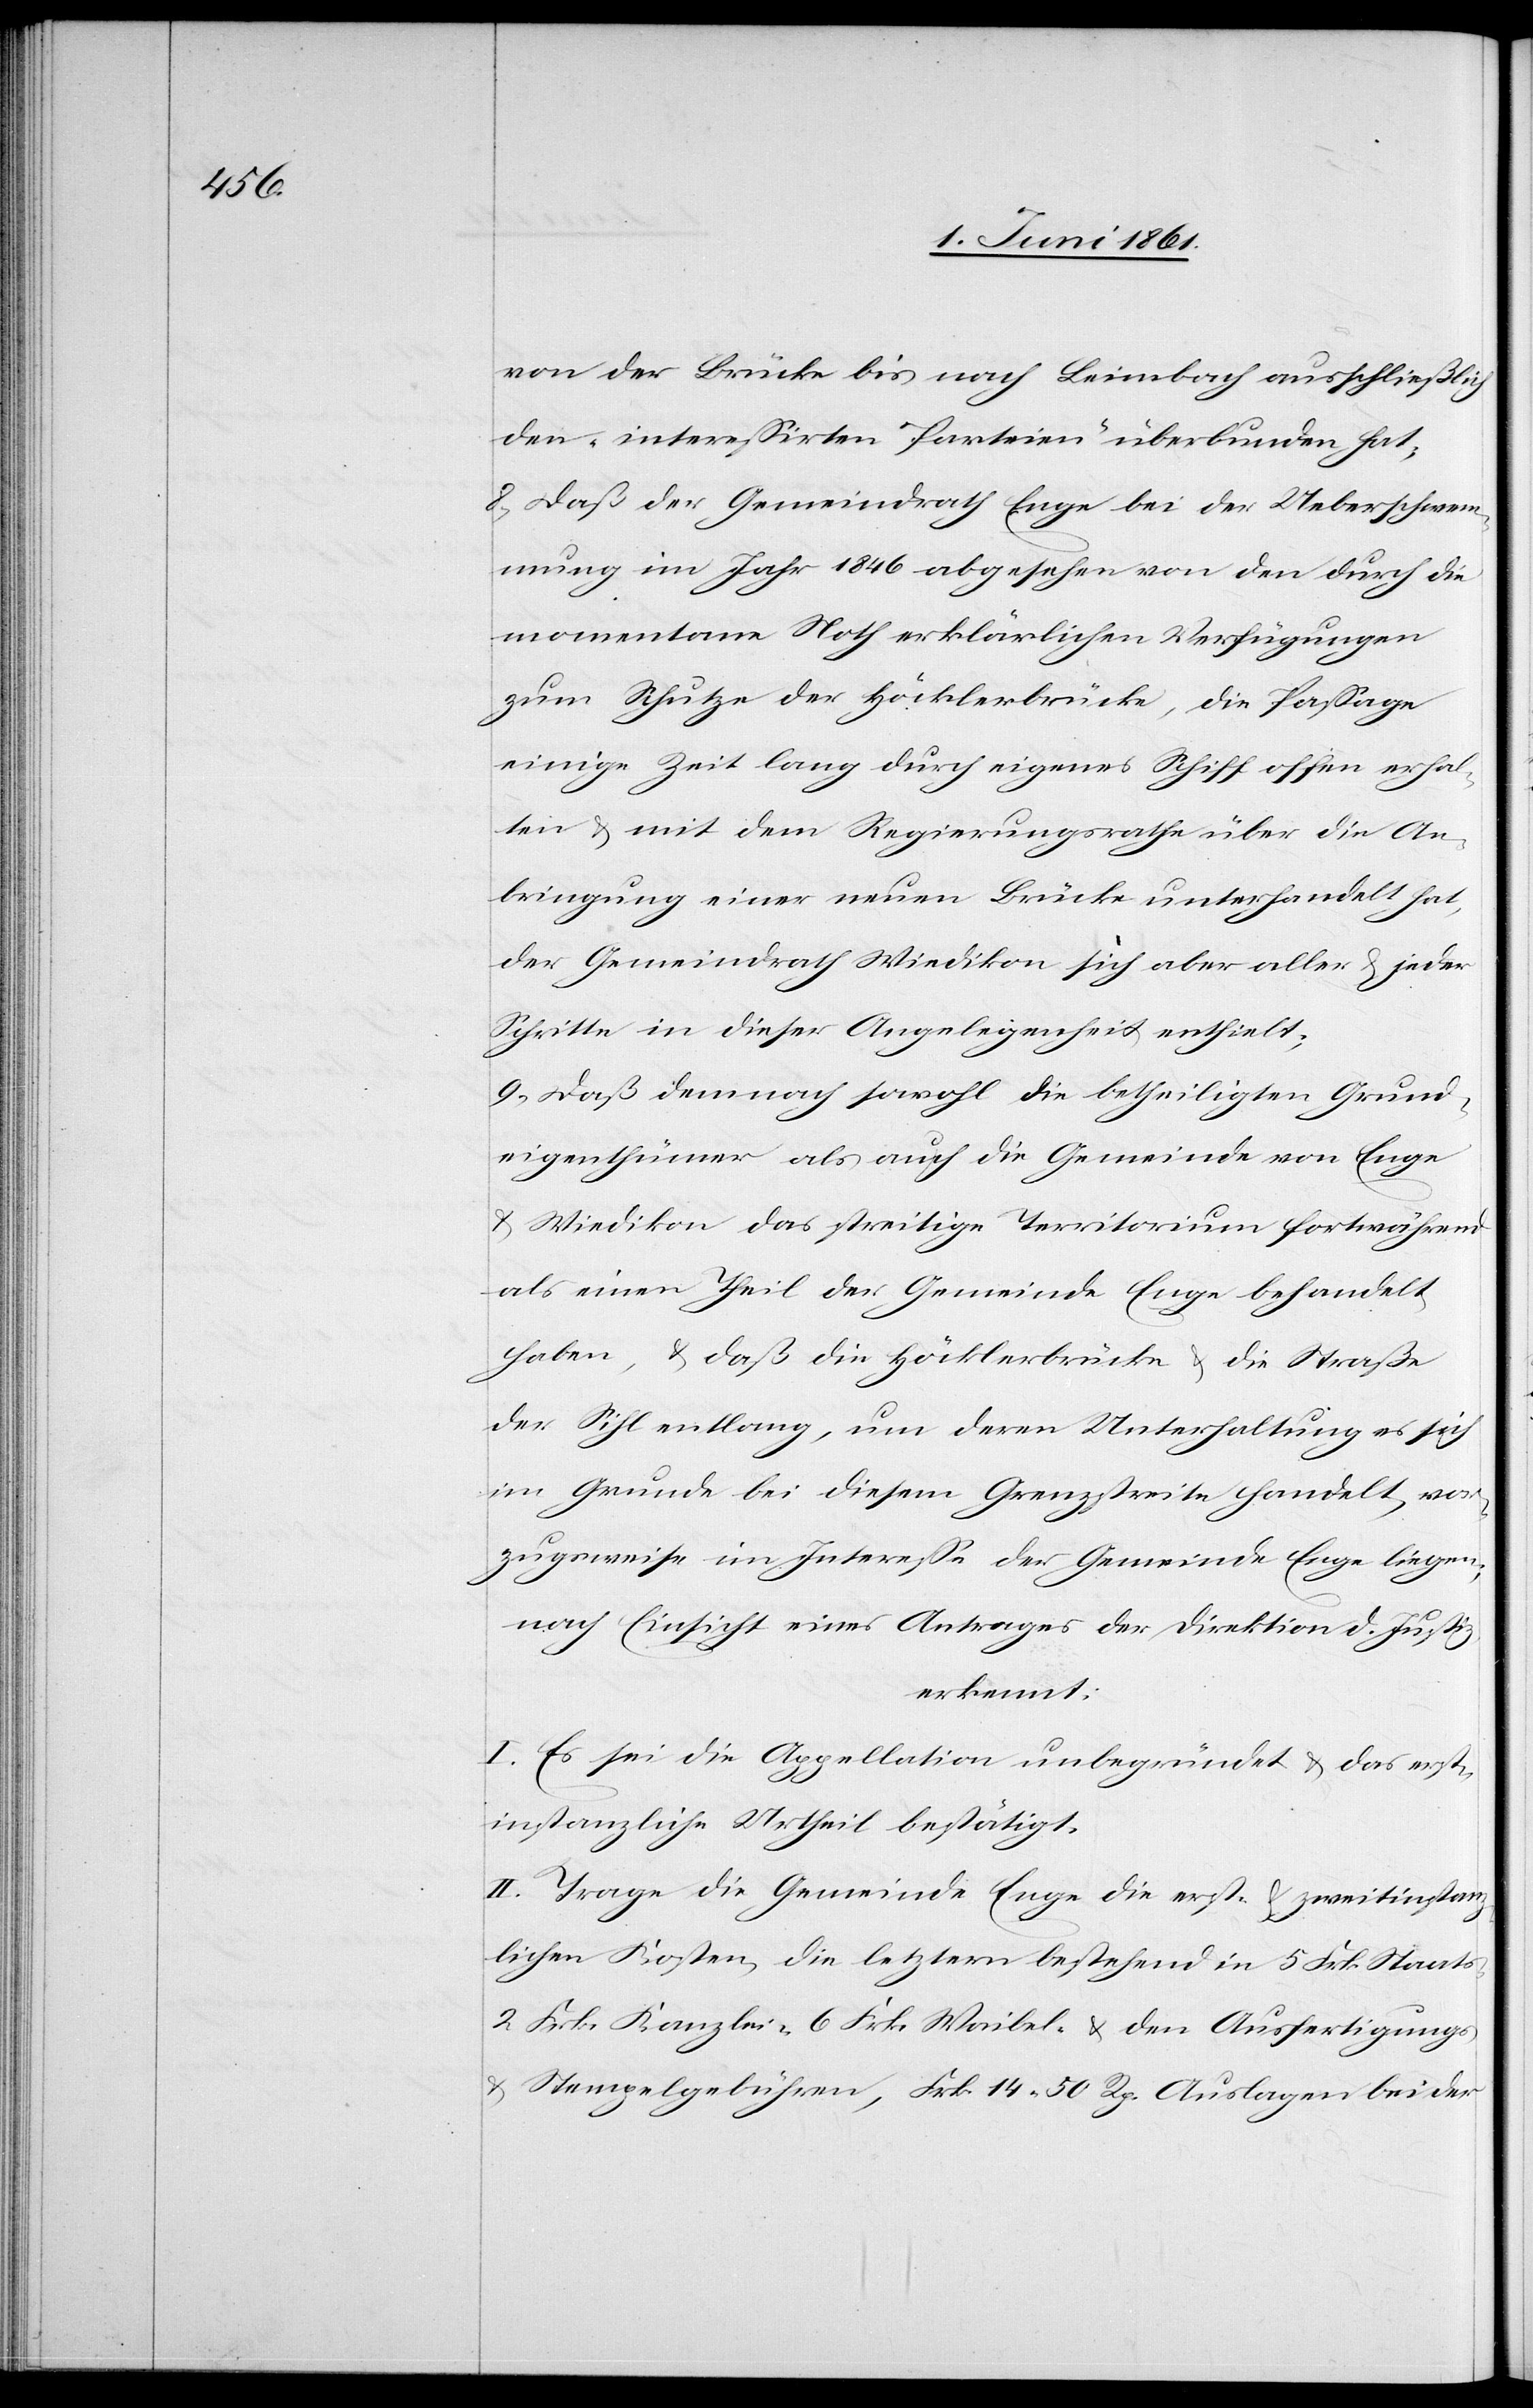
von der Brücke bis nach Leimbach ausschließlich
den „interessirten Parteien“ überbunden hat;
8) Daß der Gemeindrath Enge bei der Ueberschwem¬
mung im Jahr 1846 abgesehen von den durch die
momentane Noth erklärlichen Verfügungen
zum Schutze der Höcklerbrücke, die Passage
einige Zeit lang durch eigenes Schiff offen erhal¬
ten u. mit dem Regierungsrathe über die An¬
bringung einer neuen Brücke unterhandelt hat,
der Gemeindrath Wiedikon sich aber aller u. jeder
Schritte in dieser Angelegenheit enthielt;
9) Daß demnach sowohl die betheiligten Grund¬
eigenthümer als auch die Gemeinde von Enge
u. Wiedikon das streitige Territorium fortwährend
als einen Theil der Gemeinde Enge behandelt
habe, u. daß die Höcklerbrücke u. die Straße
der Sihl entlang, um deren Unterhaltung es sich
im Grunde bei diesem Grenzstreite handelt, vor¬
zugsweise im Interesse der Gemeinde Enge liegen;
nach Einsicht eines Antrages der Direktion d. Justiz,
erkennt:
I. Es sei die Appellation unbegründet u. das erst¬
instanzliche Urtheil bestätigt.
II. Trage die Gemeinde Enge die erst- u. zweitinstanz¬
lichen Kosten, die letztern bestehend in 5 Frk. Staats-[,]
2 Frk. Kanzlei-[,] 6 Frk. Waibel- u. den Ausfertigungs-
u. Stempelgebühren, Frk. 15 50 Rp. Auslagen bei der